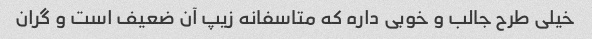
خیلی طرح جالب و خوبی داره که متاسفانه زیپ آن ضعیف است و گران